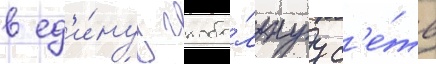
в ед'и́нуу глоба́льнуу с'е́ть